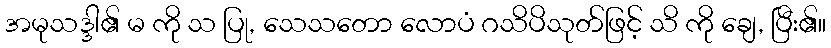
အမုသဒ္ဒါ၏ မ ကို သ ပြု, သေသတော လောပံ ဂသိပိသုတ်ဖြင့် သိ ကို ချေ, ပြီး၏။